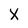
Character: X